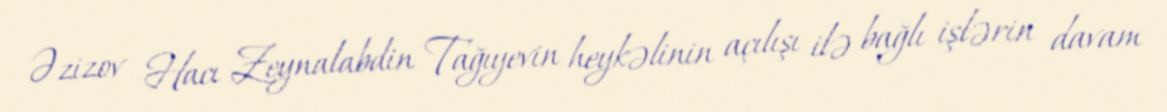
Əzizov Hacı Zeynalabdin Tağıyevin heykəlinin açılışı ilə bağlı işlərin davam